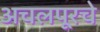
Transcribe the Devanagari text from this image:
अचलपूरचे